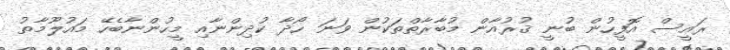
ރައީސް އޮފީހުން ބުނީ ޤުރުއާން މުބާރާތްތަކުން ވަނަ ހޯދާ ކުދިންނާއި މީހުންނާބެހޭ މައުލޫމާތު